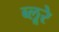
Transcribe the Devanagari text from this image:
ब्लूरे